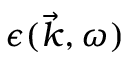
\epsilon ( \vec { k } , \omega )